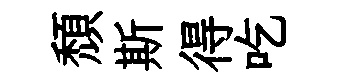
頽斯得吃